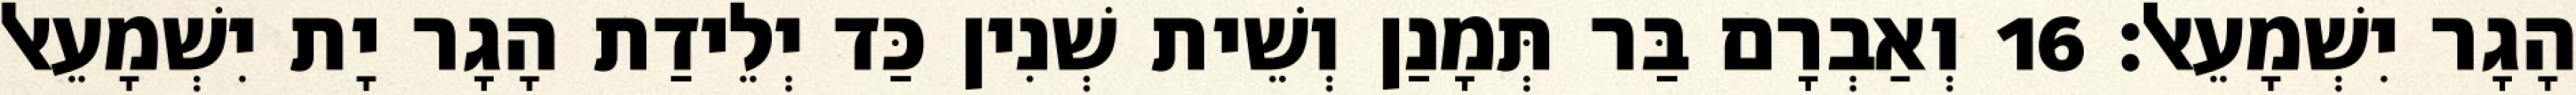
הָגָר יִשְׁמָעֵאל׃ 16 וְאַבְרָם בַּר תְּמָנַן וְשֵׁית שְׁנִין כַּד יְלֵידַת הָגָר יָת יִשְׁמָעֵאל